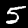
Digit: 5